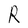
Character: R